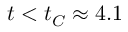
t < t _ { C } \approx 4 . 1